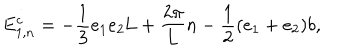
E _ { 1 , n } ^ { c } = - \frac { 1 } { 3 } e _ { 1 } e _ { 2 } \mathrm { L } + \frac { 2 { \pi } } { 2 { \pi } } { L } n - \frac { 1 } { 2 } ( e _ { 1 } + e _ { 2 } ) b ,